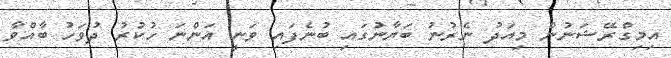
އިމިގްރޭޝަނުން މިއަދު ނެރުނު ބަޔާނުގައި ބުނެފައި ވަނީ އަންނަ ހުކުރު ދުވަހު ބާއްވާ